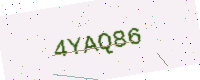
Text: 4YAQ86